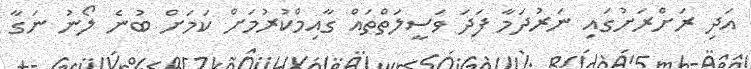
އަދި ރަށްރަށުގައި ނަރުދަމާ ފަދަ ވަސީލަތްތައް ގާއިމްކުރުމަށް ކަމަށް ބުނެ ލޯނު ނަގާ